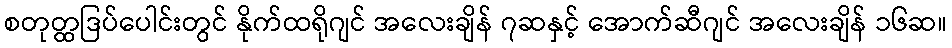
စတုတ္ထဒြပ်ပေါင်းတွင် နိုက်ထရိုဂျင် အလေးချိန် ၇ဆနှင့် အောက်ဆီဂျင် အလေးချိန် ၁၆ဆ။